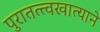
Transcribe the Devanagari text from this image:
पुरातत्त्वखात्याने